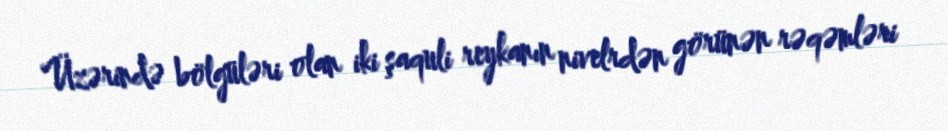
Üzərində bölgüləri olan iki şaquli reykanın nivelrdən görünən rəqəmləri